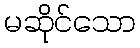
မဆိုင်သော